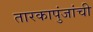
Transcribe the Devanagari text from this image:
तारकापुंजांची